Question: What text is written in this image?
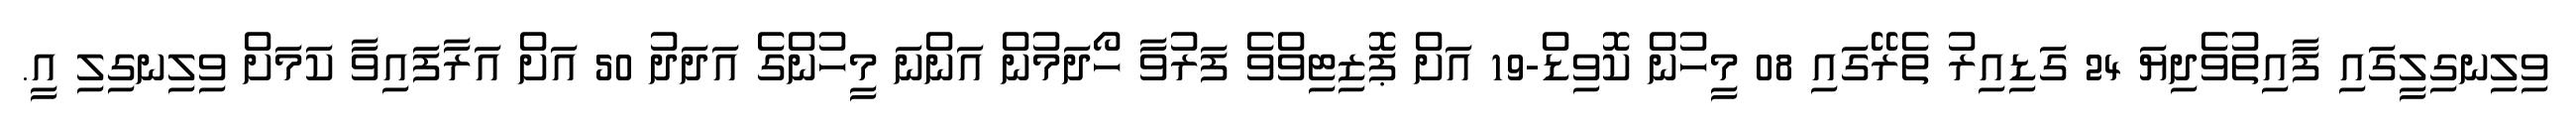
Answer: ވިލިނގިލީގައި ފާއިތުވެދިޔަ 24 ގަޑިއިރު ތެރޭގައި 08 މީހުން ކޮވިޑް-19 އަށް ޕޮޒިޓިވްވެ ފަރުވާ ހޯދަމުން އަންނަ މީހުންގެ އަދަދު 50 އަށް އަރާފައިވާ ކަމަށް ވިލިނގިލި އީ.